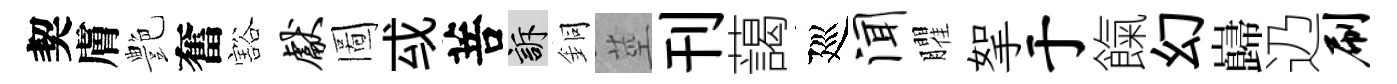
契膚艶奮豁献圖㦯菩訴銅莖刊藹廵闻臞挐于餼幻巋辸刷